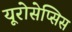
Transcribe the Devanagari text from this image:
यूरोसेप्सिस